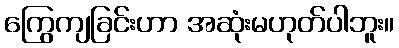
ကြွေကျခြင်းဟာ အဆုံးမဟုတ်ပါဘူး။